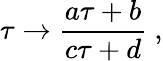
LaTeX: \tau\rightarrow{\frac{a\tau+b}{c\tau+d}}\ ,